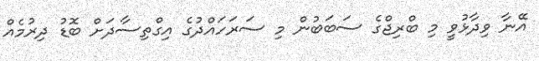
އޭނާ ވިދާޅުވީ މި ބްރިޖްގެ ސަބަބުން މި ސަރަހައްދުގެ އިގްތިސާދަށް ބޮޑު ދިރުމެއް